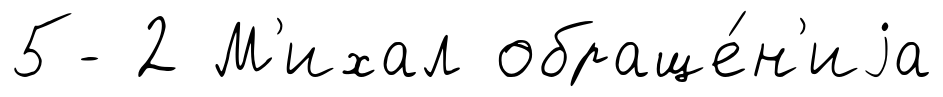
5- 2 М'ихал обраще́н'иjа